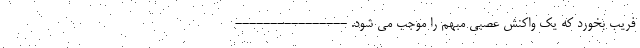
فریب بخورد که یک واکنش عصبی مبهم را موجب می شود. ----------------